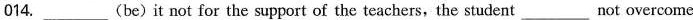
014. ___ (be)it not for the support of the teachers, the student ___ not overcome